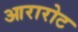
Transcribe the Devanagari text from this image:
आरारोट